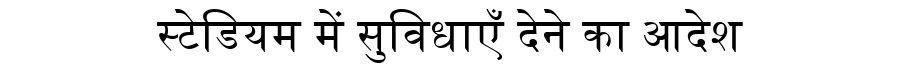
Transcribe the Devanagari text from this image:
स्टेडियम में सुविधाएँ देने का आदेश